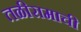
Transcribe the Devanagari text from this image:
तळीरामाची